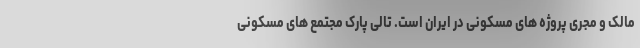
مالک و مجری پروژه های مسکونی در ایران است. تالی پارک مجتمع های مسکونی